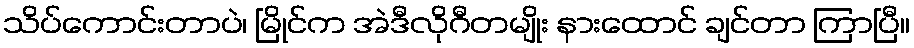
သိပ်ကောင်းတာပဲ၊ မြိုင်က အဲဒီလိုဂီတမျိုး နားထောင် ချင်တာ ကြာပြီ။